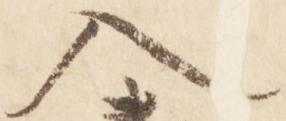
入